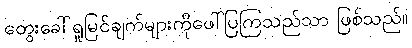
တွေးခေါ်ရှုမြင်ချက်များကိုဖေါ်ပြကြသည်သာ ဖြစ်သည်။